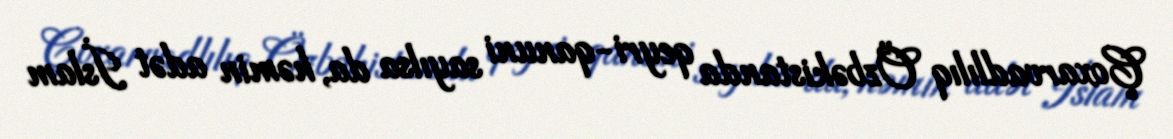
Çoxarvadlılıq Özbəkistanda qeyri-qanuni sayılsa da, həmin adət İslam